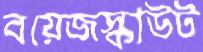
বয়েজস্কাউট